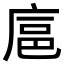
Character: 𪪘